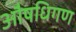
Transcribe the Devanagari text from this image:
औषधिगण